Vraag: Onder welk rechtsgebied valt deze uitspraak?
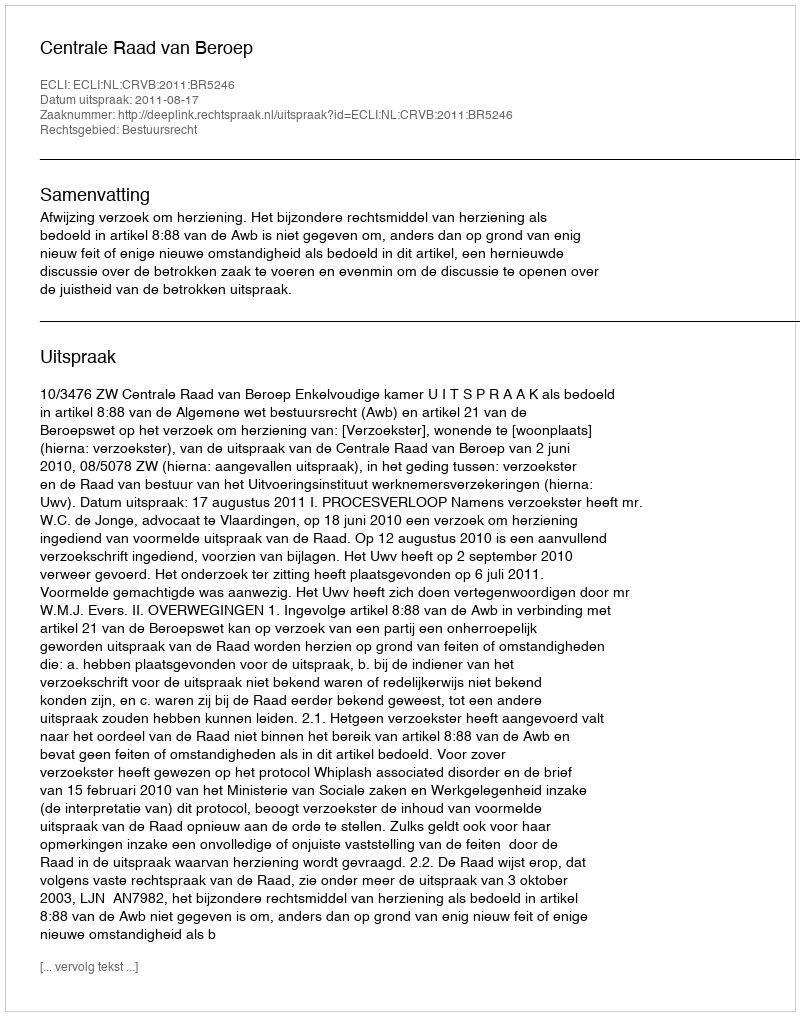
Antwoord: Bestuursrecht